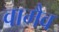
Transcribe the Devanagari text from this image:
वामैव